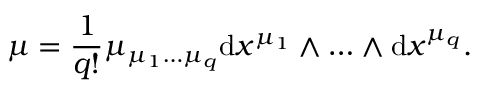
\mu = \frac { 1 } { q ! } \mu _ { \mu _ { 1 } \ldots \mu _ { q } } \mathrm { d } x ^ { \mu _ { 1 } } \wedge \ldots \wedge \mathrm { d } x ^ { \mu _ { q } } .